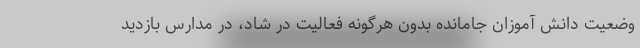
وضعیت دانش آموزان جامانده بدون هرگونه فعالیت در شاد، در مدارس بازدید